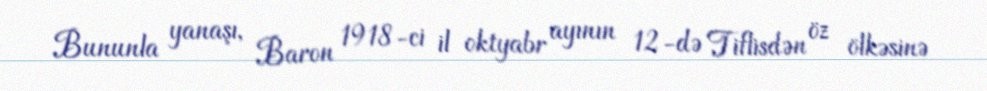
Bununla yanaşı, Baron 1918-ci il oktyabr ayının 12-də Tiflisdən öz ölkəsinə